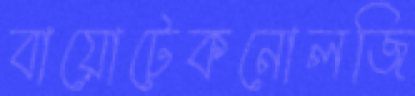
বায়োটেকনোলজি